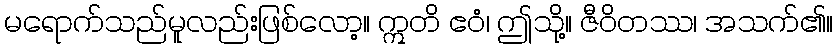
မရောက်သည်မူလည်းဖြစ်လော့။ ဣတိ ဧဝံ၊ ဤသို့။ ဇီဝိတဿ၊ အသက်၏။